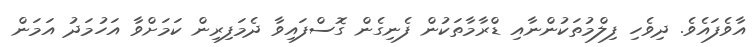
އާވެފައެވެ. ދިވެހި ފިލްމުތަކުންނާއި ޑްރާމާތަކުން ފެނިގެން ގޮސްފައިވާ ދެމަފިރިން ކަމަށްވާ އަހުމަދު އަމަން